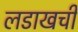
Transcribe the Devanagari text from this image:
लडाखची